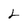
Character: L